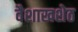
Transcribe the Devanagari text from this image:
वैशाखशेठ